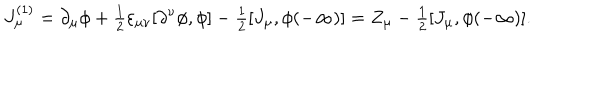
J _ { \mu } ^ { ( 1 ) } = \partial _ { \mu } \phi + { \textstyle \frac 1 2 } \varepsilon _ { \mu \nu } [ \partial ^ { \nu } \phi , \phi ] - { \textstyle \frac 1 2 } [ J _ { \mu } , \phi ( - \infty ) ] = Z _ { \mu } - { \textstyle \frac 1 2 } [ J _ { \mu } , \phi ( - \infty ) ] .